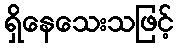
ရှိနေသေးသဖြင့်